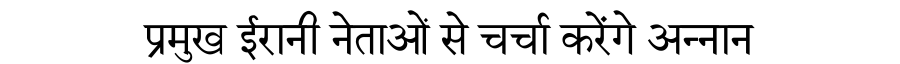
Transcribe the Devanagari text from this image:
प्रमुख ईरानी नेताओं से चर्चा करेंगे अन्नान